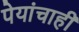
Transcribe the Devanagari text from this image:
पेयांचाही